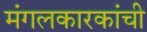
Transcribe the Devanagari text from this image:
मंगलकारकांची